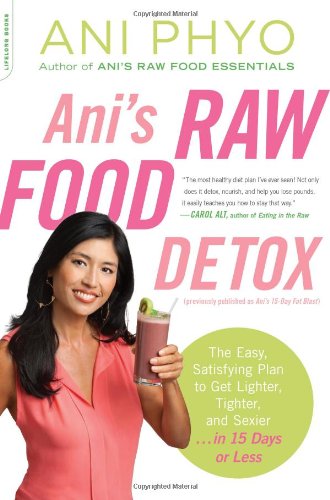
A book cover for Ani's Raw Food Detox [previously published as Ani's 15-Day Fat Blast]: The Easy, Satisfying Plan to Get Lighter, Tighter, and Sexier . . . in 15 Days or Less; Ani Phyo; Cookbooks, Food & Wine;